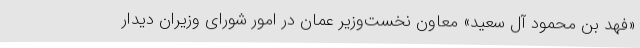
«فهد بن محمود آل سعید» معاون نخست‌وزیر عمان در امور شورای وزیران دیدار